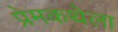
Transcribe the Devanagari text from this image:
प्रेमकथेला